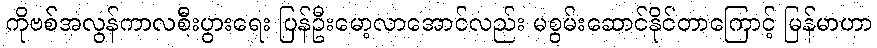
ကိုဗစ်အလွန်ကာလစီးပွားရေး ပြန်ဦးမော့လာအောင်လည်း မစွမ်းဆောင်နိုင်တာကြောင့် မြန်မာဟာ